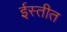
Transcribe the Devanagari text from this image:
ईस्तीत